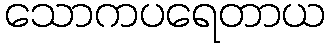
သောကပရေတာယ